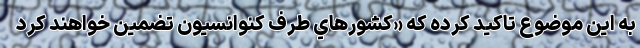
به اين موضوع تاكيد كرده كه «كشورهاي طرف كنوانسيون تضمين خواهند كرد